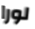
لورا